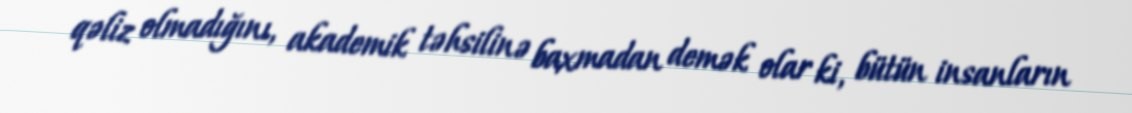
qəliz olmadığını, akademik təhsilinə baxmadan demək olar ki, bütün insanların